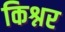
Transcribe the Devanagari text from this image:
किश्नर